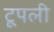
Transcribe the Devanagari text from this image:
टूपली